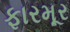
ફારમૂર